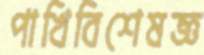
পাখিবিশেষজ্ঞ